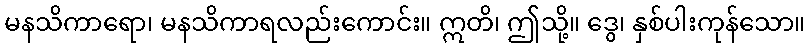
မနသိကာရော၊ မနသိကာရလည်းကောင်း။ ဣတိ၊ ဤသို့။ ဒွေ၊ နှစ်ပါးကုန်သော။